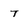
Character: T